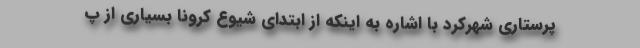
پرستاری شهرکرد با اشاره به اینکه از ابتدای شیوع کرونا بسیاری از پ